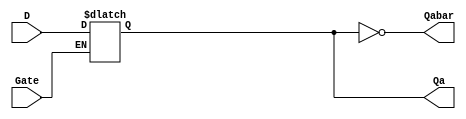

module lab2part1dlatch(
	input wire D,
	input wire Gate,
	output reg Qa,
	output wire Qabar // Dlatch  
);

always @ *
if(Gate) Qa <= D;

assign Qabar = ~Qa; //gate D   

endmodule 


module lab2part1posedge(
	input wire D,
	input wire clk,
	output reg Qb,
	output wire Qbbar //posedge D F/F   
);

always @(posedge clk)
	Qb <= D;
	assign Qbbar = Qb; // posedge   

endmodule


module lab2part1negedge(
	input wire D,
	input wire clk,
	output reg Qc,
	output wire Qcbar //negedge D F/F  
);

always @(negedge clk)
	Qc <= D;
	assign Qcbar = Qc; // negedge   

endmodule

`timescale 10ns/1ns
module lab2part1tb();
reg D;
reg clk;
wire Qa;
wire Qb;
wire Qc;
wire Qabar;
wire Qbbar;
wire Qcbar;  // testbench   

lab2part1dlatch u1(D, clk, Qa, Qabar);  // D latch module
lab2part1posedge u2(D, clk, Qb, Qbbar);  // posedge D F/F module
lab2part1negedge u3(D, clk, Qc, Qcbar); // negedge D F/F module

initial begin
clk = 0;
D = 0;

#3 D = 1;

#4 D = 0;

#1 D = 1;

#3 D = 0;

#1 D = 1;

#1 D = 0;

#1 D = 1;

#1 D = 0;

#3 D = 1;

#1 D = 0;

#1 D = 1;

#3 D = 0; //    D  Qa, Qb, Qc   

end


always begin
#5 clk = ~clk;
end

endmodule